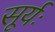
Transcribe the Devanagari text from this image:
सूर्यः